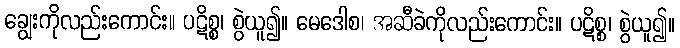
ချွေးကိုလည်းကောင်း။ ပဋိစ္စ၊ စွဲယူ၍။ မေဒေါစ၊ အဆီခဲကိုလည်းကောင်း။ ပဋိစ္စ၊ စွဲယူ၍။